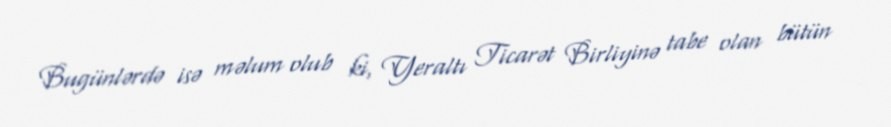
Bugünlərdə isə məlum olub ki, Yeraltı Ticarət Birliyinə tabe olan bütün